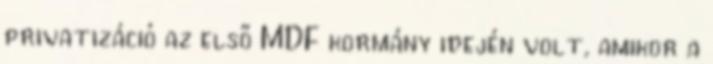
privatizáció az első MDF kormány idején volt, amikor a